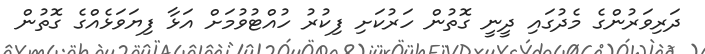
ދަރިވަރުންގެ މެދުގައި ދީނީ ގޮތުން ހަރުކަށި ފިކުރު ހުއްޓުވުމަށް އަޅާ ފިޔަވަޅެއްގެ ގޮތުން